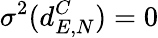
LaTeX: \sigma^{2}(d_{E,N}^{C})=0